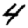
Digit: 4